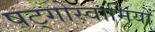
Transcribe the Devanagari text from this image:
षट्गोस्वामियों